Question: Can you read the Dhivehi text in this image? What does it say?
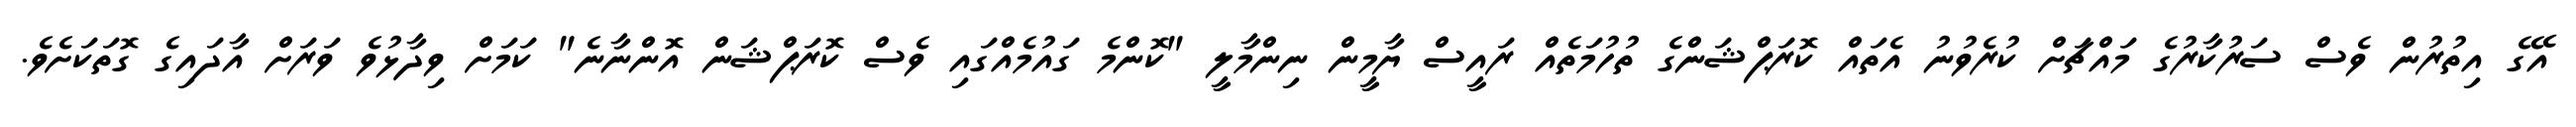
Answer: އޭގެ އިތުރުން ވެސް ސަރުކާރުގެ މައްޗަށް ކުރެވުނު އެތައް ކޮރަޕްޝަންގެ ތުހުމަތެއް ރައީސް ޔާމީން ނިންމާލީ "ކޮންމެ ގައުމެއްގައި ވެސް ކޮރަޕްޝަން އޮންނާނެ" ކަމަށް ވިދާޅުވެ ވަރަށް އާދައިގެ ގޮތަކަށެވެ.